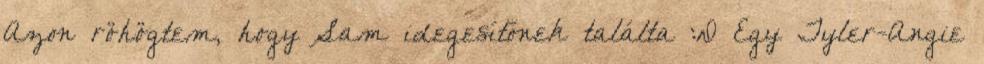
Azon röhögtem, hogy Sam idegesítőnek találta :D Egy Tyler-Angie